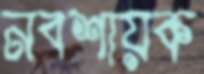
নবশায়ক